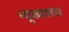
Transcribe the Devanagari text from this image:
न्यूकासच्या